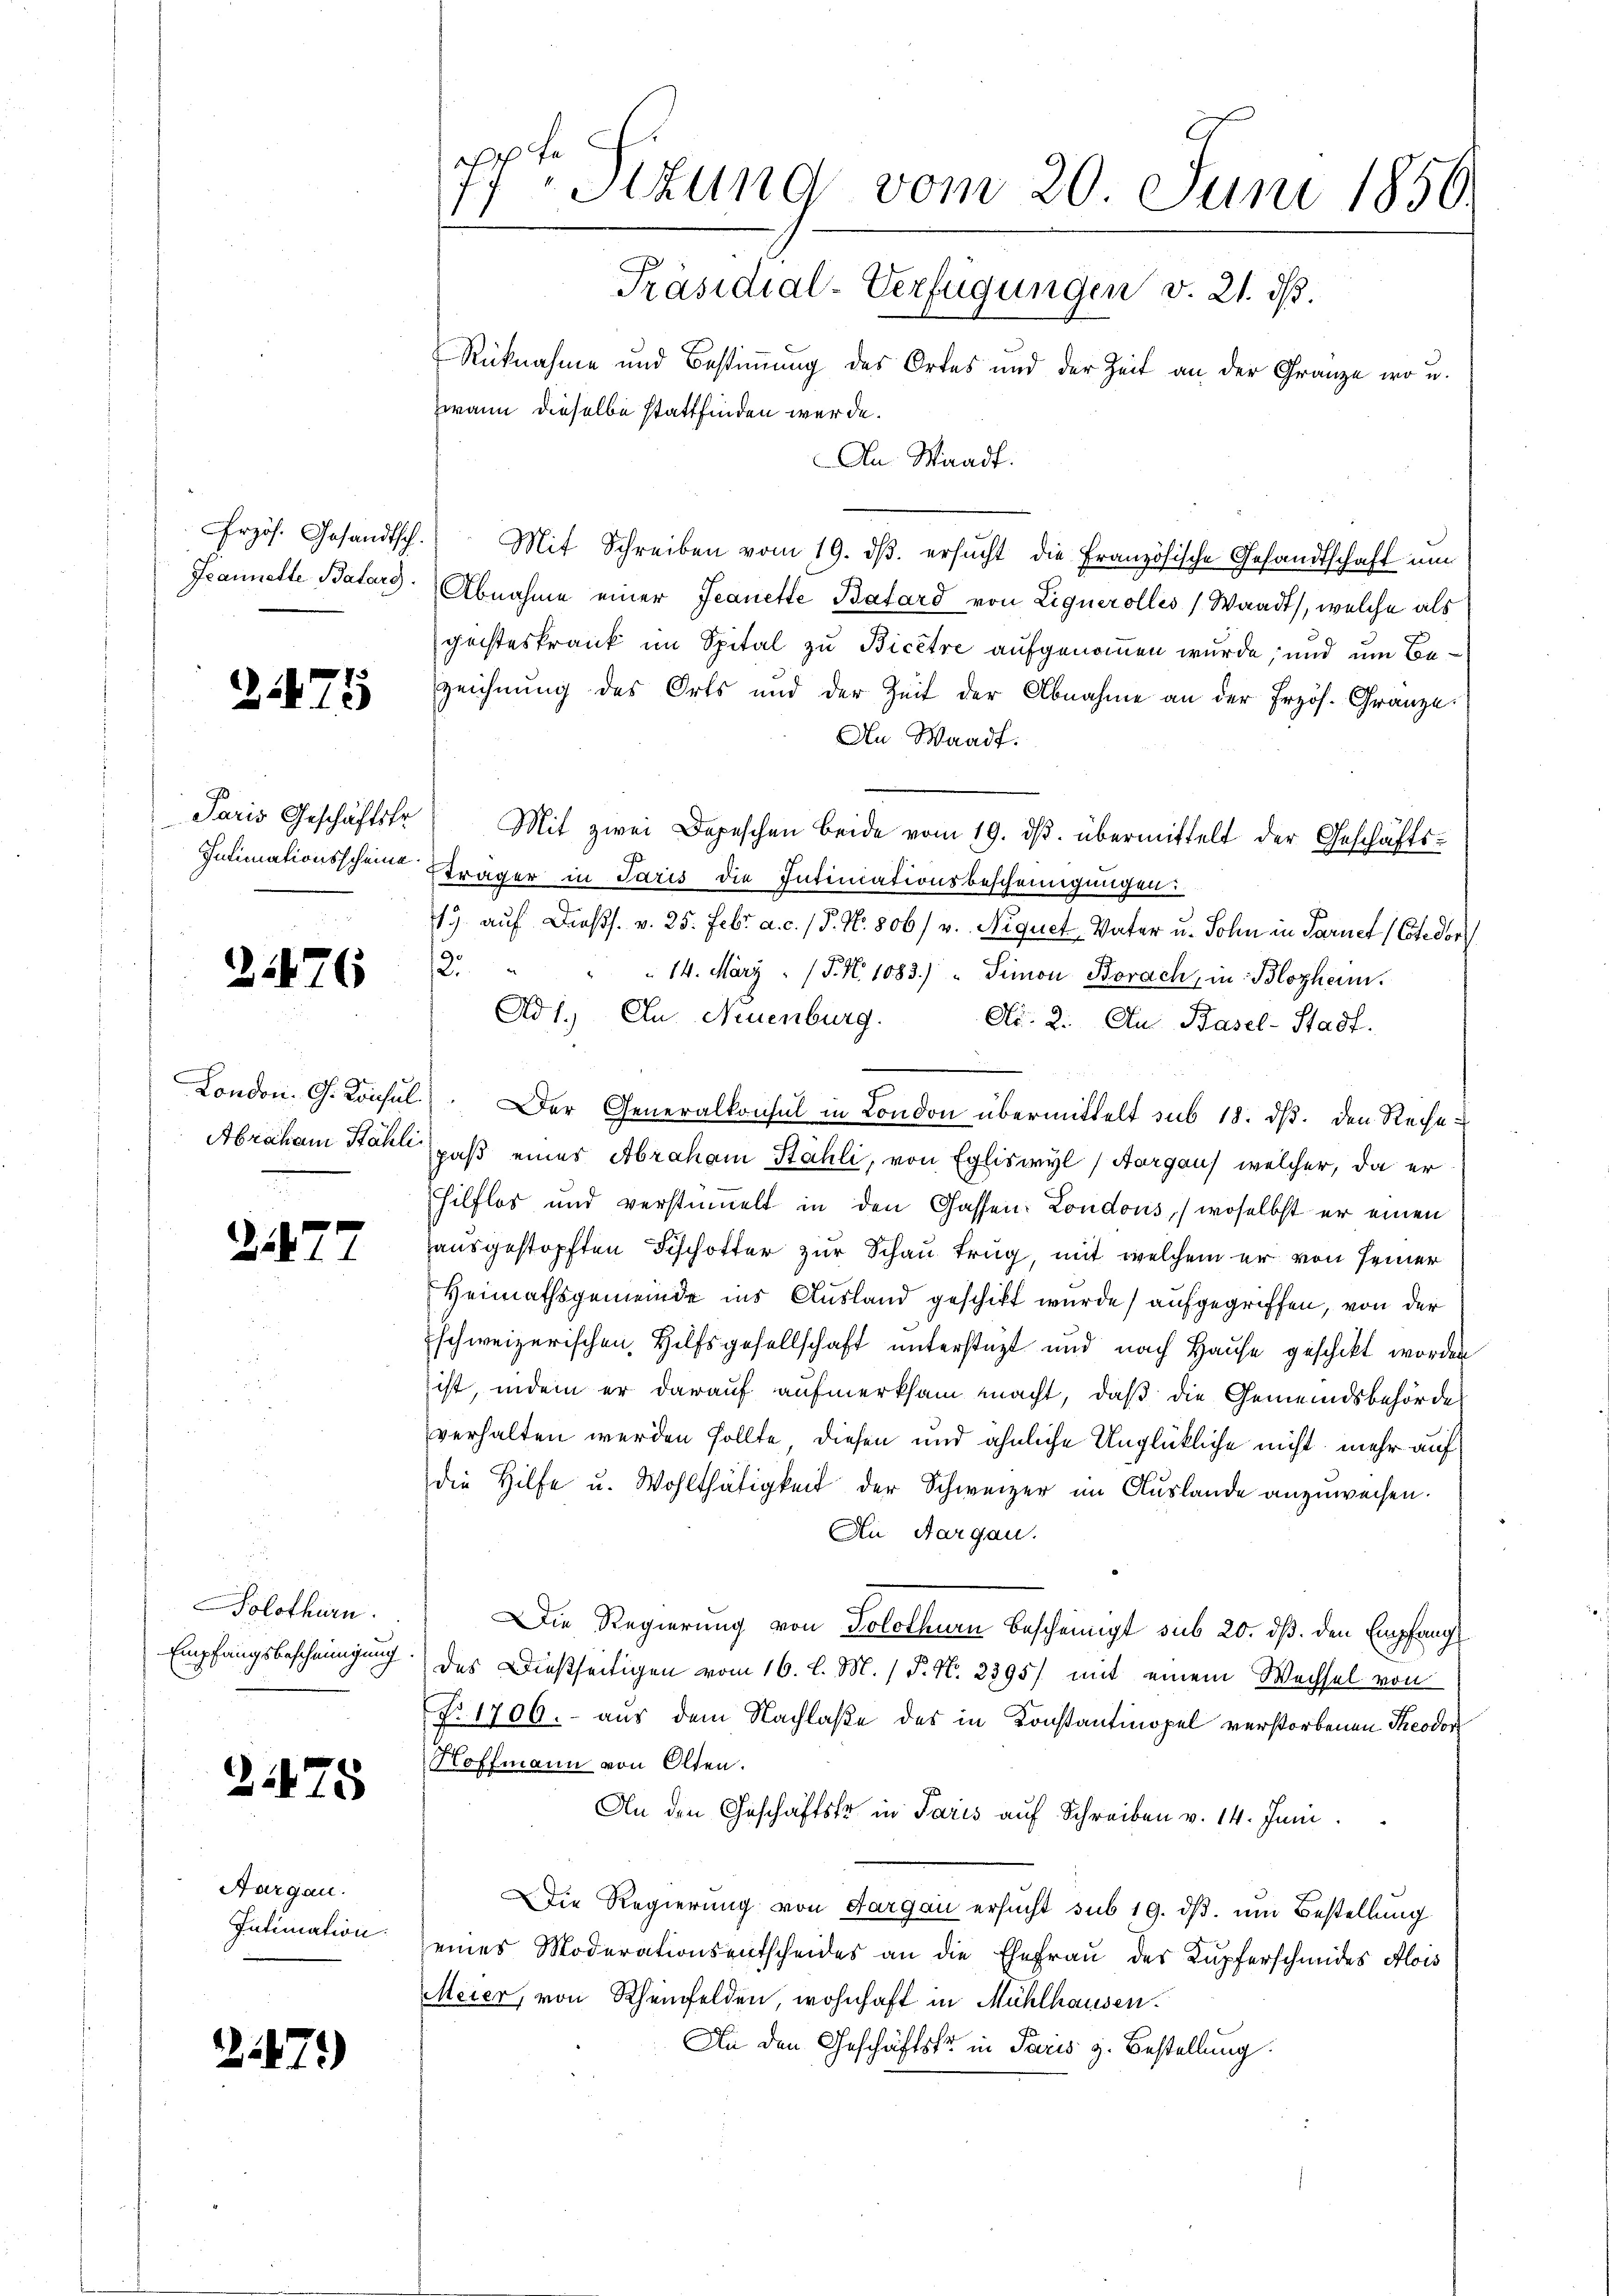
rzös. Gesandtsch.
Feannette Batars.

275

.

)

21476

21872

475

Paris Geschäftskr
Intimationsscheine.

Abraham Kähli

Solothurn.
Empfangsbescheinigung.

Aargau.
Intimation.

173)

d
Sizung vom 20. Juni 1850.
Präsidial-Verfügungen v. 21. ds.
Rücknahme und Bestimmung des Ortes und der Zeit an der Gränze, wo u.
zwann dieselbe stattfinden werde.

An Waadt.
Mit Schreiben vom 19. dβ. ersŭcht die Französische Gesandtschaft um
Abnahme einer Jeanette Batard von Lignerolles Waadt, welche als
geisteskrank im Spital zu Bicêtre aufgenommen wurde; und um Bezeichnung des Orts und der Zeit der Abnahme an der Erzös. Gränze.
An Waadt.
Mit zwei Depeschen beide vom 19. ds. übermittelt der Geschäfts¬
Träger in Paris die Intiniationsbescheinigungen:
19 auf Dross. v. 25. Febr. a. c. / P. Nr. 806/ v. Nequet Vater u. Sohn in Paruet (Cotedor
2. " " " 14. März : P. Nr. 1083.) " Simon Borach, in Blophenn.
Ad 1. In Neuenburg.
Ai. 2. An Basel-Stadt.
London. G. Konsul). Der Generalkonsul in London übermittelt sub 18. ds. den Rechepaß einer Abraham Stähli, von Egliswyl (Aargaus welcher, da er
hilflos und verstimmelt in den Gassen: Londous, (woselbst er einen
Hausgestopften Fischotter zur Schau trug, mit welchem er von seiner
Heimathsgemeinde ins Ausland geschikt wurde) aufgegriffen, von der
schweizerischen Hilfsgesellschaft unterstüzt und nach Hause geschikt worden
ist, indem er darauf aufmerksam macht, daß die Gemeindsbehörde
verhalten werden sollte, diesen und ähnliche Unglückliche nicht mehr auf
die Hilfe u. Wohlthätigkeit der Schweizer im Auslande anzuweisen.
An Aargau.
Die Regierung von Solothurn bescheinigt sub 20. ds. den Empfang
des Dießseitigen vom 16. l. M. / P. N. 2395/ mit einem Wechsel von
No 1706. aus dem Nachlaße des in Konstantinopel verstorbenen Theodor
Hoffmann von Olten.
An den Geschäftstr in Paris auf Schreiben v. 14. Juni.
Die Regierung von Aargau ersucht sub 19. dβ. um Bestellung
eines Moderationsentscheides an die Ehefrau der Kupferschmides Alois
Meier, von Rheinfelden wohnhaft in Mühlhausen.
An den Geschäftsfr in Paris z. Bestellung.